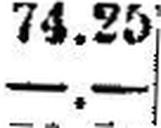
—.—